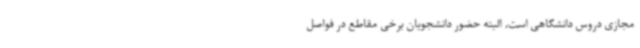
مجازی دروس دانشگاهی است، البته حضور دانشجویان برخی مقاطع در فواصل